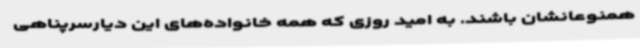
همنوعانشان باشند. به امید روزی که همه خانواده‌های این دیارسرپناهی